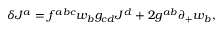
\delta J ^ { a } = f ^ { a b c } w _ { b } g _ { c d } J ^ { d } + 2 g ^ { a b } \partial _ { + } w _ { b } ,